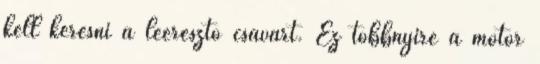
kell keresni a leeresztő csavart. Ez többnyire a motor